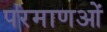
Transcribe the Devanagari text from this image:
परमाणओं